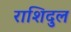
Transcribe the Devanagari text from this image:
राशिदुल